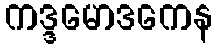
ကဒ္ဒမောဒကေန